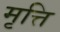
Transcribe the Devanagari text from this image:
मृत्ति